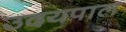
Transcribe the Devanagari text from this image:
उदयपाल